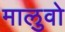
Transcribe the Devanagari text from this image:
मालुवो